Annual report of the Civil Veterinary Department, Bengal, and of the Bengal Veterinary College for the year 1904-1905 - 1904-1905
Year: 1904
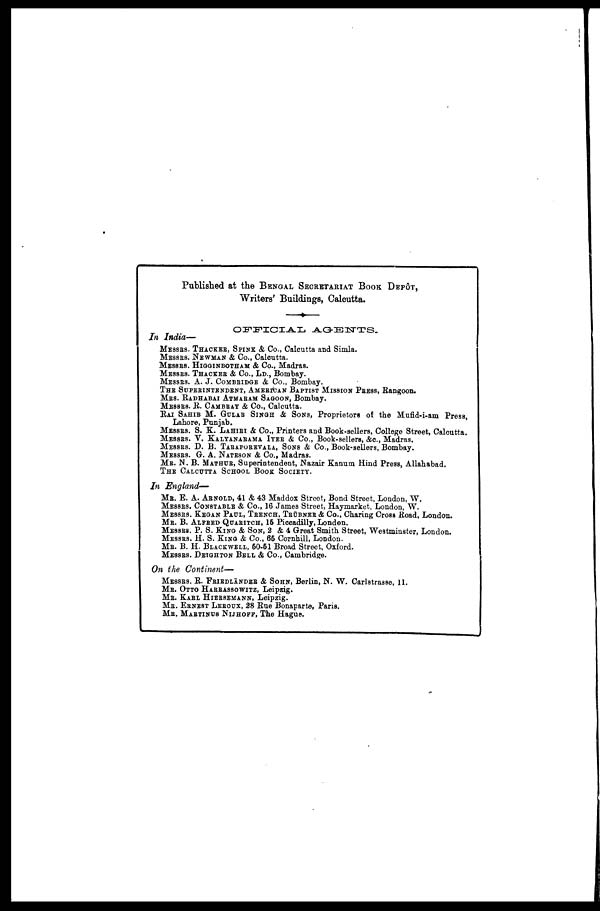
Published at the BENGAL SECRETARIAT BOOK DEPOT,
Writers' Buildings, Calcutta.
OFFICIAL
AGENTS.
In India—
MESSRS. THACKER, SPINK & Co., Calcutta and Simla.
MESSRS. NEWMAN & Co., Calcutta.
MESSRS. HIGGINBOTHAM & Co., Madras.
MESSRS. THACKER & Co., LD., Bombay.
MESSRS. A. J. COMBRIDGE & Co., Bombay.
THE SUPERINTENDENT, AMERICAN BAPTIST MISSION PRESS, Rangoon.
MRS. RADHABAI ATMARAM SAGOON, Bombay.
MESSRS. E. CAMBRAY & Co., Calcutta.
RAI SAHIB M. GULAB SINGH & SONS, Proprietors of the Mufid-i-am Press,
Lahore, Punjab.
MESSRS. S. K. LAHIRI & Co., Printers and Book-sellers, College Street, Calcutta.
MESSRS. V. KALYANARAMA IYER & Co., Book-sellers, &c., Madras.
MESSRS. D. B. TARAPOREVALA, SONS & Co., Book-sellers, Bombay.
MESSRS. G. A. NATESON & Co., Madras.
MR. N. B. MATHUR, Superintendent, Nazair Kanum Hind Press, Allahabad.
THE CALCUTTA SCHOOL BOOK SOCIETY.
In
England—
MR. E. A. ARNOLD, 41 & 43 Maddox Street, Bond Street, London, W.
MESSRS. CONSTABLE & Co., 16 James Street, Haymarket, London, W.
MESSRS. KEGAN PAUL, TRENCH, TRÜBNER & Co., Charing Cross Road, London.
ME. B. ALFRED QUARITCH, 15 Piccadilly, London.
Messrs. P. S. King & SON, 2 & 4 Great Smith Street, Westminster, London.
MESSRS. H. S. KING & Co., 65 Cornhill, London.
MR. B. H. BLACKWELL, 50-51 Broad Street, Oxford.
MESSRS. DEIGHTON BELL & Co., Cambridge.
On the
Continent—
MESSRS. R FRIEDLÄNDER & SOHN, Berlin, N. W. Carlstrasse, II.
MR. OTTO HARRASSOWITZ, Leipzig.
MR. KARL HIERSEMANN, Leipzig.
MR. ERNEST LEROUX, 28 Rue Bonaparte, Paris.
MR. MARTINUS NIJHOFF, The Hague.